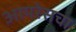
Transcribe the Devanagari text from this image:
आयरेसचा